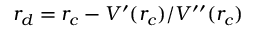
r _ { d } = r _ { c } - V ^ { \prime } ( r _ { c } ) / V ^ { \prime \prime } ( r _ { c } )